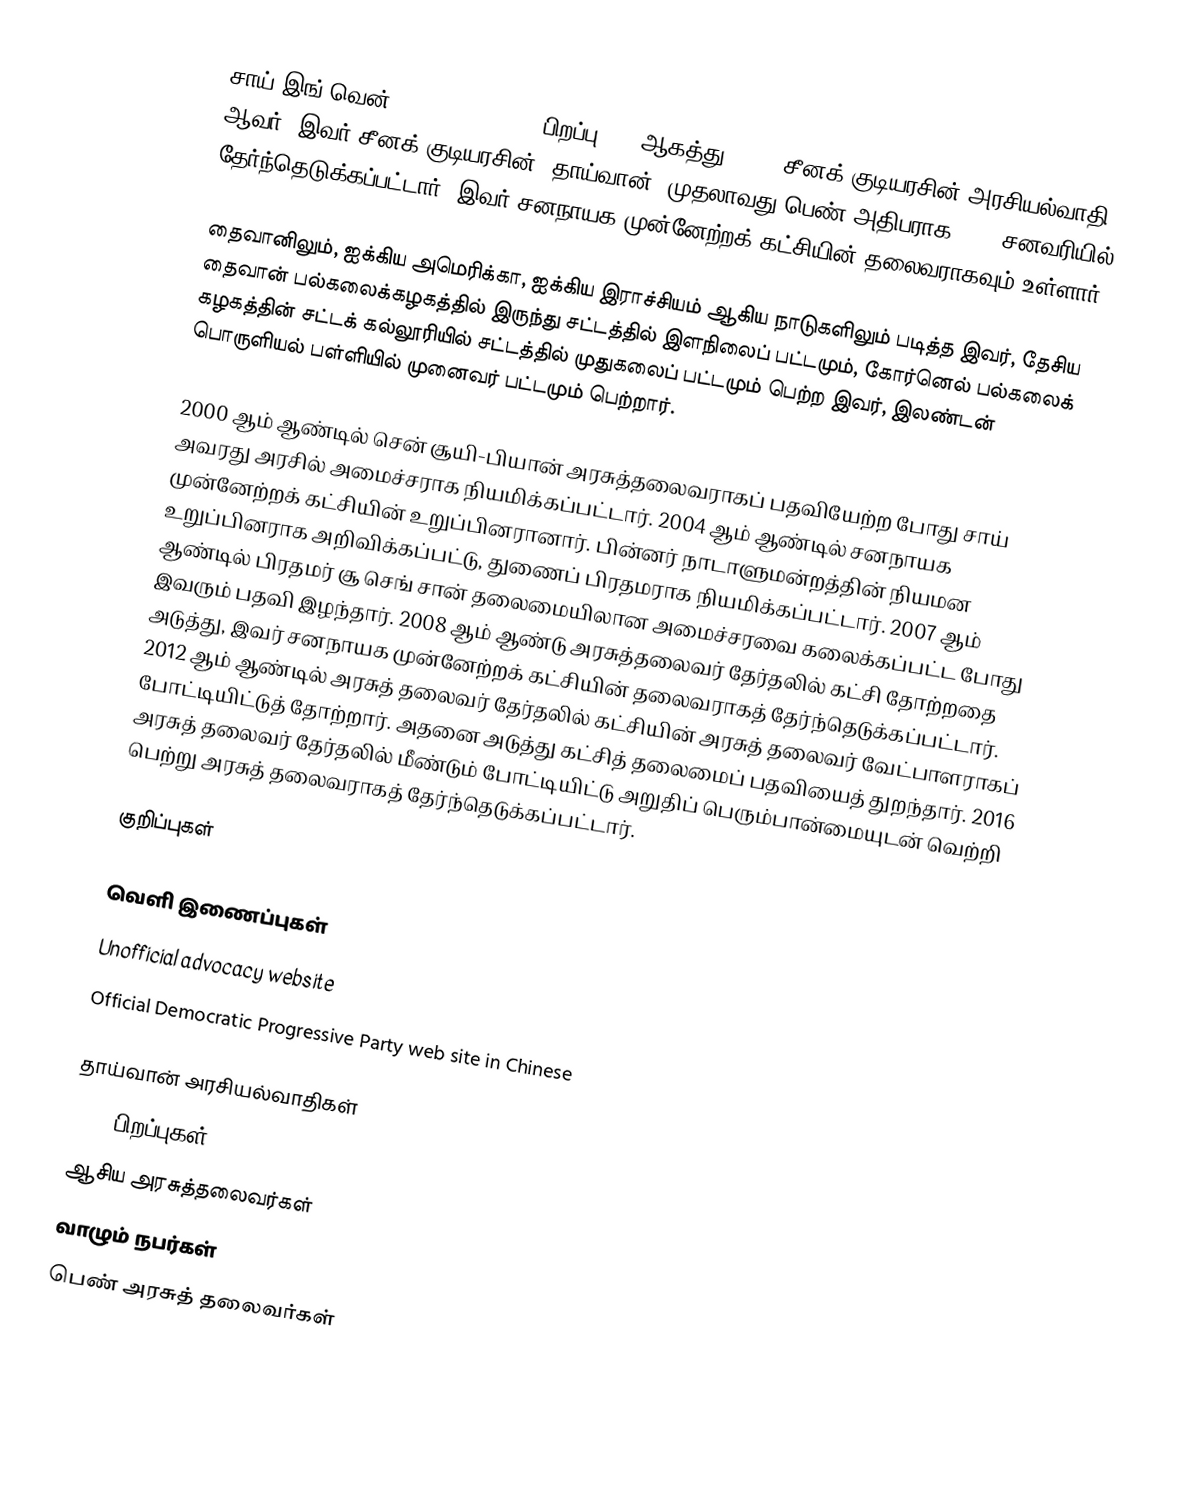
சாய் இங்-வென் (Tsai Ing-wen, ; பிறப்பு: 31 ஆகத்து 1956) சீனக் குடியரசின் அரசியல்வாதி ஆவர். இவர் சீனக் குடியரசின் (தாய்வான்) முதலாவது பெண் அதிபராக 2016 சனவரியில் தேர்ந்தெடுக்கப்பட்டார். இவர் சனநாயக முன்னேற்றக் கட்சியின் தலைவராகவும் உள்ளார்.

தைவானிலும், ஐக்கிய அமெரிக்கா, ஐக்கிய இராச்சியம் ஆகிய நாடுகளிலும் படித்த இவர், தேசிய தைவான் பல்கலைக்கழகத்தில் இருந்து சட்டத்தில் இளநிலைப் பட்டமும், கோர்னெல் பல்கலைக் கழகத்தின் சட்டக் கல்லூரியில் சட்டத்தில் முதுகலைப் பட்டமும் பெற்ற இவர், இலண்டன் பொருளியல் பள்ளியில் முனைவர் பட்டமும் பெற்றார்.

2000 ஆம் ஆண்டில் சென் சூயி-பியான் அரசுத்தலைவராகப் பதவியேற்ற போது சாய் அவரது அரசில் அமைச்சராக நியமிக்கப்பட்டார். 2004 ஆம் ஆண்டில் சனநாயக முன்னேற்றக் கட்சியின் உறுப்பினரானார். பின்னர் நாடாளுமன்றத்தின் நியமன உறுப்பினராக அறிவிக்கப்பட்டு, துணைப் பிரதமராக நியமிக்கப்பட்டார். 2007 ஆம் ஆண்டில் பிரதமர் சூ செங் சான் தலைமையிலான அமைச்சரவை கலைக்கப்பட்ட போது இவரும் பதவி இழந்தார். 2008 ஆம் ஆண்டு அரசுத்தலைவர் தேர்தலில் கட்சி தோற்றதை அடுத்து, இவர் சனநாயக முன்னேற்றக் கட்சியின் தலைவராகத் தேர்ந்தெடுக்கப்பட்டார். 2012 ஆம் ஆண்டில் அரசுத் தலைவர் தேர்தலில் கட்சியின் அரசுத் தலைவர் வேட்பாளராகப் போட்டியிட்டுத் தோற்றார். அதனை அடுத்து கட்சித் தலைமைப் பதவியைத் துறந்தார். 2016 அரசுத் தலைவர் தேர்தலில் மீண்டும் போட்டியிட்டு அறுதிப் பெரும்பான்மையுடன் வெற்றி பெற்று அரசுத் தலைவராகத் தேர்ந்தெடுக்கப்பட்டார்.

குறிப்புகள்

வெளி இணைப்புகள்
 Unofficial advocacy website
 Official Democratic Progressive Party web site in Chinese

தாய்வான் அரசியல்வாதிகள்
1956 பிறப்புகள்
ஆசிய அரசுத்தலைவர்கள்
வாழும் நபர்கள்
பெண் அரசுத் தலைவர்கள்